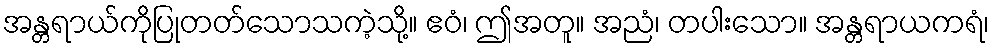
အန္တရာယ်ကိုပြုတတ်သောသကဲ့သို့။ ဧဝံ၊ ဤအတူ။ အညံ၊ တပါးသော။ အန္တရာယကရံ၊